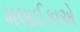
મલાઈકાએ